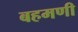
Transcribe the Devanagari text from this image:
बहमणी